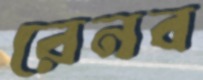
রেনব